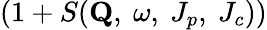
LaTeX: (1+S(\mathbf{Q},\ \omega,\ J_{p},\ J_{c}))